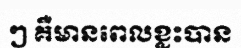
ៗ គឺមានពេលខ្លះបាន